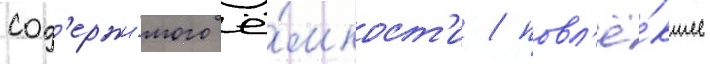
сод'ержи́мого ё́мкост'и / повл'ё́кшее